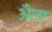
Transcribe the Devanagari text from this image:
अँत्य